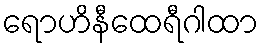
ရောဟိနီထေရီဂါထာ